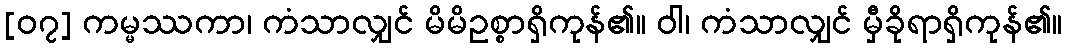
[၀၇] ကမ္မဿကာ၊ ကံသာလျှင် မိမိဥစ္စာရှိကုန်၏။ ဝါ၊ ကံသာလျှင် မှီခိုရာရှိကုန်၏။